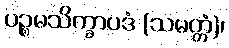
ပဉ္စမသိက္ခာပဒံ (သမတ္တံ)၊